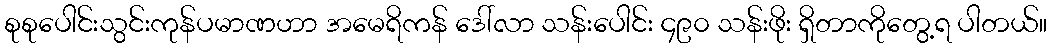
စုစုပေါင်းသွင်းကုန်ပမာဏဟာ အမေရိကန် ဒေါ်လာ သန်းပေါင်း ၄၉၀ သန်းဖိုး ရှိတာကိုတွေ့ရ ပါတယ်။